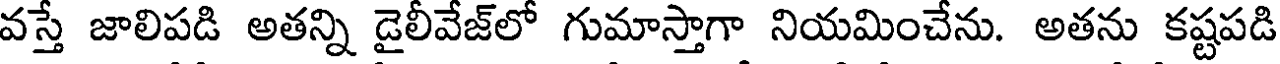
వస్తే జాలిపడి అతన్ని డైలీవేజ్లో గుమాస్తాగా నియమించేను. అతను కష్టపడి